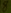
Text: 8